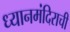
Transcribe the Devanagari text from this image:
ध्यानमंदिराची